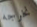
نخرجه